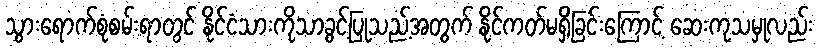
သွားရောက်စုံစမ်းရာတွင် နိုင်ငံသားကိုသာခွင့်ပြုသည့်အတွက် နိုင်ကတ်မရှိခြင်းကြောင့် ဆေးကုသမှုလည်း